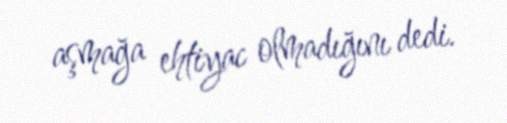
aşmağa ehtiyac olmadığını dedi.